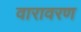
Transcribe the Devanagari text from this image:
वारावरण